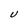
Character: U